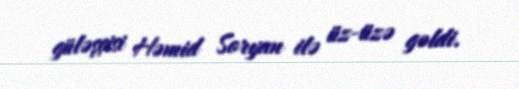
güləşçisi Həmid Soryan ilə üz-üzə gəldi.